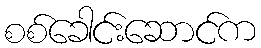
စစ်ခေါင်းဆောင်က